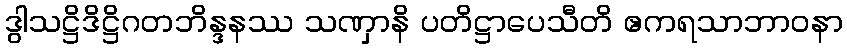
ဒွါသဋ္ဌိဒိဋ္ဌိဂတဘိန္ဒနဿ သဏှာနိ ပတိဋ္ဌာပေသီတိ ဧကရသာဘာဝနာ